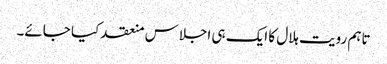
تاہم رویت ہلال کا ایک ہی اجلاس منعقد کیا جائے۔